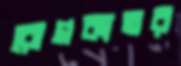
রোগকাতর